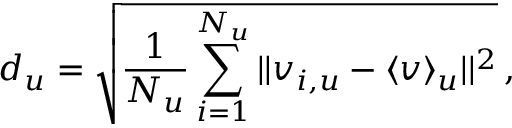
d _ { u } = \sqrt { \frac { 1 } { N _ { u } } \sum _ { i = 1 } ^ { N _ { u } } | | v _ { i , u } - \langle v \rangle _ { u } | | ^ { 2 } } \, ,